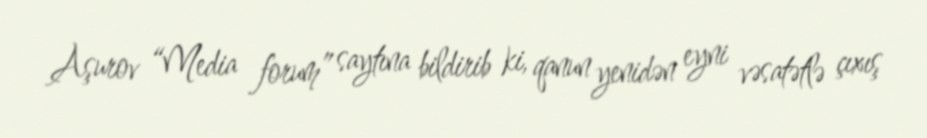
Aşurov “Media forum” saytına bildirib ki, qanun yenidən eyni vəsatətlə çıxış